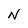
Character: N